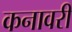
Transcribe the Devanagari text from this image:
कनावरी